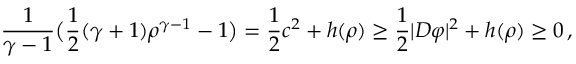
\frac { 1 } { \gamma - 1 } \big ( \frac 1 2 ( \gamma + 1 ) \rho ^ { \gamma - 1 } - 1 \big ) = \frac 1 2 c ^ { 2 } + h ( \rho ) \geq \frac 1 2 | D \varphi | ^ { 2 } + h ( \rho ) \geq 0 \, ,